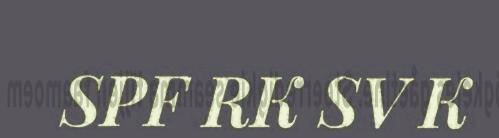
SPF RK SV K